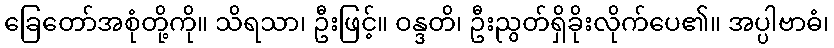
ခြေတော်အစုံတို့ကို။ သိရသာ၊ ဦးဖြင့်။ ဝန္ဒတိ၊ ဦးညွတ်ရှိခိုးလိုက်ပေ၏။ အပ္ပါဗာဓံ၊